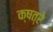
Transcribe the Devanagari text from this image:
क्षत्रे